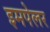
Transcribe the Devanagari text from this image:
इमपेलर